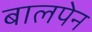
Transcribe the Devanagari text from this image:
बालपेन